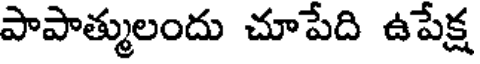
పాపాత్ములందు చూపేది ఉపేక్ష